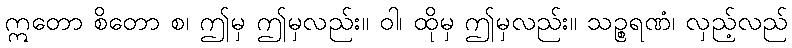
ဣတော စိတော စ၊ ဤမှ ဤမှလည်း။ ဝါ၊ ထိုမှ ဤမှလည်း။ သဉ္စရဏံ၊ လှည့်လည်